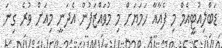
ޑަބްލިއުޓީއެމް މި ފެއާއާ ހަމަޔަށް މި މުވައްޒަފުން އެދަނީ މިއަށް ވުރެ ގިނަ